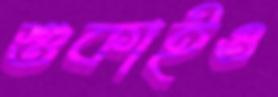
শুকাইও